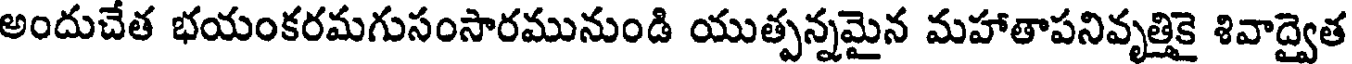
అందుచేత భయంకరమగుసంసారమునుండి యుత్పన్నమైన మహాతాపనివృత్తికై శివాద్వైత